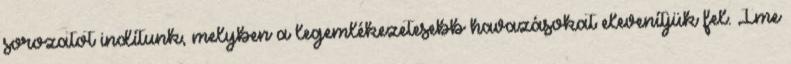
sorozatot indítunk, melyben a legemlékezetesebb havazásokat elevenítjük fel. Íme